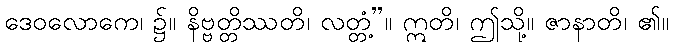
ဒေဝလောကေ၊ ၌။ နိဗ္ဗတ္တိဿတိ၊ လတ္တံ့”။ ဣတိ၊ ဤသို့။ ဇာနာတိ၊ ၏။